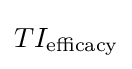
TI_{\text{efficacy}}